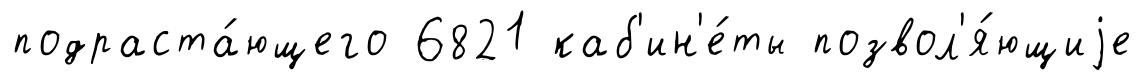
подраста́ющего 6821 каб'ин'е́ты позвол'я́ющиjе